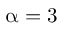
\upalpha = 3